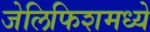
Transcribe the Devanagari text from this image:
जेलिफिशमध्ये